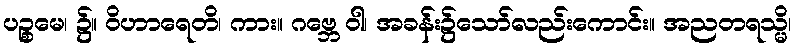
ပဉ္စမေ၊ ၌။ ဝိဟာရေတိ၊ ကား။ ဂဗ္ဘေ ဝါ၊ အခန်း၌သော်လည်းကောင်း။ အညတရသ္မိ၊